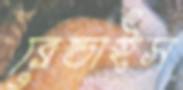
ব্রেন্ডাইস